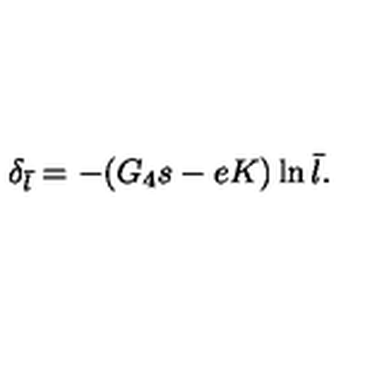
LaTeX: \delta _ { \bar { l } } = - ( G _ { 4 } s - e K ) \ln \bar { l } .